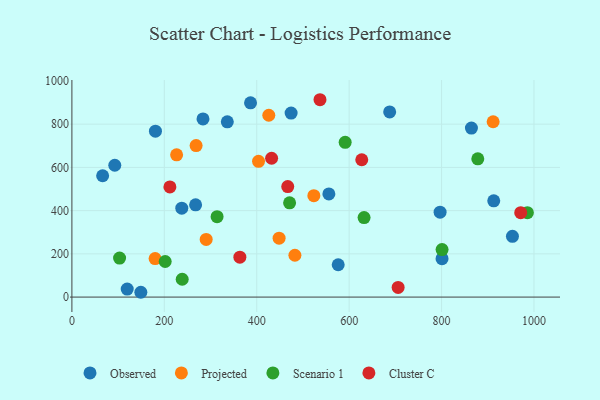
{"axis": {"x": "Price", "y": "Rating"}, "legend": ["Cluster C", "Observed", "Projected", "Scenario 1"], "data": [{"x": "556.1", "y": 477.3, "type": "Observed"}, {"x": "687.7", "y": 856.7, "type": "Observed"}, {"x": "119.7", "y": 37.2, "type": "Observed"}, {"x": "92.8", "y": 610.0, "type": "Observed"}, {"x": "474.4", "y": 851.6, "type": "Observed"}, {"x": "149.2", "y": 22.3, "type": "Observed"}, {"x": "386.6", "y": 899.0, "type": "Observed"}, {"x": "796.8", "y": 393.1, "type": "Observed"}, {"x": "953.4", "y": 281.3, "type": "Observed"}, {"x": "801.0", "y": 177.7, "type": "Observed"}, {"x": "237.8", "y": 411.2, "type": "Observed"}, {"x": "864.6", "y": 782.0, "type": "Observed"}, {"x": "283.7", "y": 824.4, "type": "Observed"}, {"x": "576.3", "y": 149.7, "type": "Observed"}, {"x": "66.5", "y": 561.4, "type": "Observed"}, {"x": "912.9", "y": 445.6, "type": "Observed"}, {"x": "336.3", "y": 810.9, "type": "Observed"}, {"x": "267.7", "y": 426.8, "type": "Observed"}, {"x": "180.8", "y": 767.5, "type": "Observed"}, {"x": "268.8", "y": 701.0, "type": "Projected"}, {"x": "523.6", "y": 469.4, "type": "Projected"}, {"x": "290.6", "y": 266.6, "type": "Projected"}, {"x": "482.6", "y": 193.7, "type": "Projected"}, {"x": "180.1", "y": 178.1, "type": "Projected"}, {"x": "426.1", "y": 841.3, "type": "Projected"}, {"x": "226.6", "y": 658.4, "type": "Projected"}, {"x": "911.6", "y": 811.2, "type": "Projected"}, {"x": "403.9", "y": 628.4, "type": "Projected"}, {"x": "448.4", "y": 272.6, "type": "Projected"}, {"x": "632.3", "y": 368.0, "type": "Scenario 1"}, {"x": "801.1", "y": 220.0, "type": "Scenario 1"}, {"x": "314.2", "y": 372.2, "type": "Scenario 1"}, {"x": "591.4", "y": 716.1, "type": "Scenario 1"}, {"x": "985.7", "y": 390.5, "type": "Scenario 1"}, {"x": "201.9", "y": 164.8, "type": "Scenario 1"}, {"x": "238.7", "y": 82.6, "type": "Scenario 1"}, {"x": "471.1", "y": 436.0, "type": "Scenario 1"}, {"x": "103.2", "y": 180.4, "type": "Scenario 1"}, {"x": "878.4", "y": 639.6, "type": "Scenario 1"}, {"x": "467.1", "y": 511.5, "type": "Cluster C"}, {"x": "363.5", "y": 184.6, "type": "Cluster C"}, {"x": "706.0", "y": 44.8, "type": "Cluster C"}, {"x": "212.1", "y": 509.7, "type": "Cluster C"}, {"x": "536.9", "y": 913.2, "type": "Cluster C"}, {"x": "627.3", "y": 635.5, "type": "Cluster C"}, {"x": "432.2", "y": 642.3, "type": "Cluster C"}, {"x": "971.3", "y": 390.6, "type": "Cluster C"}]}